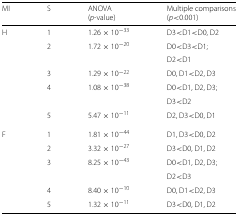
<table><thead><tr><td><b>MI</b></td><td><b>S</b></td><td><b>ANOVA</b></td><td><b>Multiple comparisons</b></td></tr><tr><td></td><td></td><td><b>(<i>p</i>-value)</b></td><td><b>(<i>p</i> &lt;0.001)</b></td></tr></thead><tbody><tr><td>H</td><td>1</td><td>1.26×10<sup>−33</sup></td><td>D3 &lt;D1 &lt;D0, D2</td></tr><tr><td></td><td>2</td><td>1.72×10<sup>−20</sup></td><td>D0 &lt;D3 &lt;D1;</td></tr><tr><td></td><td></td><td></td><td>D2 &lt;D1</td></tr><tr><td></td><td>3</td><td>1.29×10<sup>−22</sup></td><td>D0, D1 &lt;D2, D3</td></tr><tr><td></td><td>4</td><td>1.08×10<sup>−38</sup></td><td>D0 &lt;D1, D2, D3;</td></tr><tr><td></td><td></td><td></td><td>D3 &lt;D2</td></tr><tr><td></td><td>5</td><td>5.47×10<sup>−11</sup></td><td>D2, D3 &lt;D0, D1</td></tr><tr><td>F</td><td>1</td><td>1.81×10<sup>−44</sup></td><td>D1, D3 &lt;D0, D2</td></tr><tr><td></td><td>2</td><td>3.32×10<sup>−27</sup></td><td>D3 &lt;D0, D1, D2</td></tr><tr><td></td><td>3</td><td>8.25×10<sup>−43</sup></td><td>D0 &lt;D1, D2, D3;</td></tr><tr><td></td><td></td><td></td><td>D2 &lt;D3</td></tr><tr><td></td><td>4</td><td>8.40×10<sup>−10</sup></td><td>D0, D1 &lt;D2, D3</td></tr><tr><td></td><td>5</td><td>1.32×10<sup>−11</sup></td><td>D3 &lt;D0, D1, D2</td></tr></tbody></table>